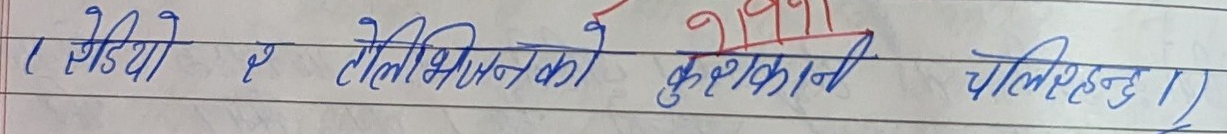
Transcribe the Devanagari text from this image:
१ रेडियो र टेलिभिजनको दुरुपयोग हुन्छ ।